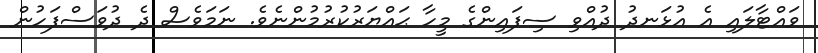
ވައްޓާލައި އެ އުޅަނދު ދުއްވި ސިފައިންގެ މީހާ ޙައްޔަރުކުރުމުންނެވެ. ނަމަވެސް ދެ ދުވަސްފަހުން